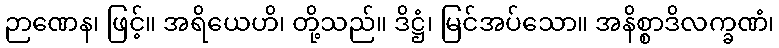
ဉာဏေန၊ ဖြင့်။ အရိယေဟိ၊ တို့သည်။ ဒိဋ္ဌံ၊ မြင်အပ်သော။ အနိစ္စာဒိလက္ခဏံ၊